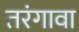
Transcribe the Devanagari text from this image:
तरंगावा